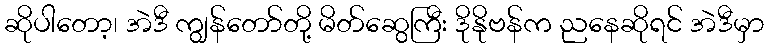
ဆိုပါတော့၊ အဲဒီ ကျွန်တော်တို့ မိတ်ဆွေကြီး ဒိုနိုဗန်က ညနေဆိုရင် အဲဒီမှာ